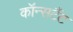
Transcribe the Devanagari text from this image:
कॉन्सटैंट